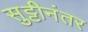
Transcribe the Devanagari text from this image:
सुट्टीनंतर